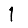
Digit: 1